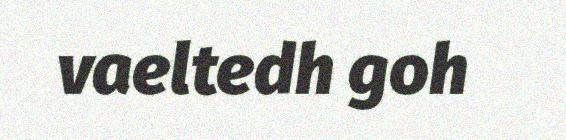
vaeltedh goh